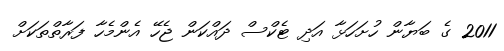
2011 ގެ ބަޔާން ހުށަހަޅާ އަދި ޓެކްސް ދައްކަން ޖެހޭ އެންމެހާ ފަރާތްތަކަށް